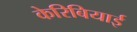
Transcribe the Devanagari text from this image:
केरिबियाई